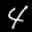
Label: 4